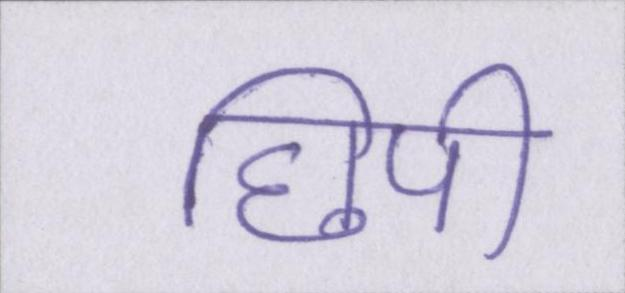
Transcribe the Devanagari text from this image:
छिपी